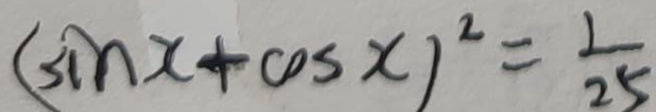
( \sin x + \cos x ) ^ { 2 } = \frac { 1 } { 2 5 }